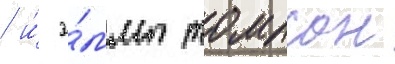
/ и́ э́ммы томпсон